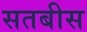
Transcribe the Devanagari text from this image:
सतबीस